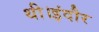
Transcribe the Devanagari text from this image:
थी।इंदौर